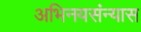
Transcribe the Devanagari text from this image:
अभिनयसंन्यास